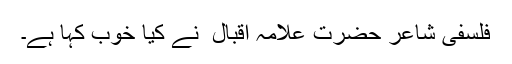
فلسفی شاعر حضرت علامہ اقبال ؒ نے کیا خوب کہا ہے۔